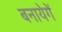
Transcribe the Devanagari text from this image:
बनायेगें